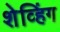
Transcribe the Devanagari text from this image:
शेव्हिंग